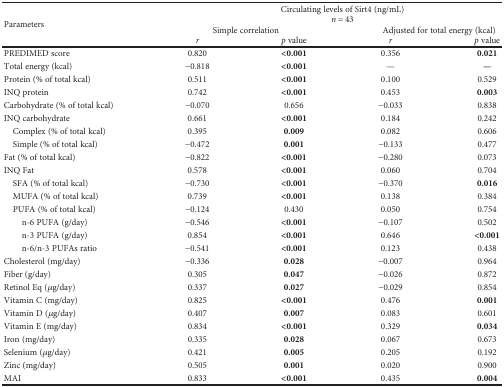
<table><thead><tr><td rowspan="3"><b>Parameters</b></td><td colspan="4"><b>Circulating levels of Sirt4 (ng/mL)<i>n</i> = 43</b></td></tr><tr><td colspan="2"><b>Simple correlation</b></td><td colspan="2"><b>Adjusted for total energy (kcal)</b></td></tr><tr><td><b><i>r</i></b></td><td><b><i>p</i> value</b></td><td><b><i>r</i></b></td><td><b><i>p</i> value</b></td></tr></thead><tbody><tr><td>PREDIMED score</td><td>0.820</td><td><b>&lt;0.001</b></td><td>0.356</td><td><b>0.021</b></td></tr><tr><td>Total energy (kcal)</td><td>−0.818</td><td><b>&lt;0.001</b></td><td>—</td><td><b>—</b></td></tr><tr><td>Protein (% of total kcal)</td><td>0.511</td><td><b>&lt;0.001</b></td><td>0.100</td><td>0.529</td></tr><tr><td>INQ protein</td><td>0.742</td><td><b>&lt;0.001</b></td><td>0.453</td><td><b>0.003</b></td></tr><tr><td>Carbohydrate (% of total kcal)</td><td>−0.070</td><td>0.656</td><td>−0.033</td><td>0.838</td></tr><tr><td>INQ carbohydrate</td><td>0.661</td><td><b>&lt;0.001</b></td><td>0.184</td><td>0.242</td></tr><tr><td> Complex (% of total kcal)</td><td>0.395</td><td><b>0.009</b></td><td>0.082</td><td>0.606</td></tr><tr><td> Simple (% of total kcal)</td><td>−0.472</td><td><b>0.001</b></td><td>−0.133</td><td>0.477</td></tr><tr><td>Fat (% of total kcal)</td><td>−0.822</td><td><b>&lt;0.001</b></td><td>−0.280</td><td>0.073</td></tr><tr><td>INQ Fat</td><td>0.578</td><td><b>&lt;0.001</b></td><td>0.060</td><td>0.704</td></tr><tr><td> SFA (% of total kcal)</td><td>−0.730</td><td><b>&lt;0.001</b></td><td>−0.370</td><td><b>0.016</b></td></tr><tr><td> MUFA (% of total kcal)</td><td>0.739</td><td><b>&lt;0.001</b></td><td>0.138</td><td>0.384</td></tr><tr><td> PUFA (% of total kcal)</td><td>−0.124</td><td>0.430</td><td>0.050</td><td>0.754</td></tr><tr><td>n-6 PUFA (g/day)</td><td>−0.546</td><td><b>&lt;0.001</b></td><td>−0.107</td><td>0.502</td></tr><tr><td>n-3 PUFA (g/day)</td><td>0.854</td><td><b>&lt;0.001</b></td><td>0.646</td><td><b>&lt;0.001</b></td></tr><tr><td>n-6/n-3 PUFAs ratio</td><td>−0.541</td><td><b>&lt;0.001</b></td><td>0.123</td><td>0.438</td></tr><tr><td>Cholesterol (mg/day)</td><td>−0.336</td><td><b>0.028</b></td><td>−0.007</td><td>0.964</td></tr><tr><td>Fiber (g/day)</td><td>0.305</td><td><b>0.047</b></td><td>−0.026</td><td>0.872</td></tr><tr><td>Retinol Eq (<i>μ</i>g/day)</td><td>0.337</td><td><b>0.027</b></td><td>−0.029</td><td>0.854</td></tr><tr><td>Vitamin C (mg/day)</td><td>0.825</td><td><b>&lt;0.001</b></td><td>0.476</td><td><b>0.001</b></td></tr><tr><td>Vitamin D (<i>μ</i>g/day)</td><td>0.407</td><td><b>0.007</b></td><td>0.083</td><td>0.601</td></tr><tr><td>Vitamin E (mg/day)</td><td>0.834</td><td><b>&lt;0.001</b></td><td>0.329</td><td><b>0.034</b></td></tr><tr><td>Iron (mg/day)</td><td>0.335</td><td><b>0.028</b></td><td>0.067</td><td>0.673</td></tr><tr><td>Selenium (<i>μ</i>g/day)</td><td>0.421</td><td><b>0.005</b></td><td>0.205</td><td>0.192</td></tr><tr><td>Zinc (mg/day)</td><td>0.505</td><td><b>0.001</b></td><td>0.020</td><td>0.900</td></tr><tr><td>MAI</td><td>0.833</td><td><b>&lt;0.001</b></td><td>0.435</td><td><b>0.004</b></td></tr></tbody></table>